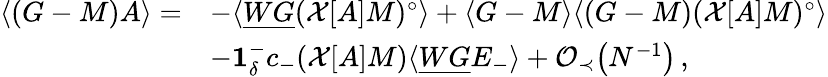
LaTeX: \begin{array}{rl}{\langle(G-M)A\rangle=}&{-\langle\underline{{WG}}(\mathcal{X}[A]M)^{\circ}\rangle+\langle G-M\rangle\langle(G-M)(\mathcal{X}[A]M)^{\circ}\rangle}\\ &{-\mathbf{1}_{\delta}^{-}c_{-}(\mathcal{X}[A]M)\langle\underline{{WG}}E_{-}\rangle+\mathcal{O}_{\prec}\big(N^{-1}\big)\, ,}\end{array}